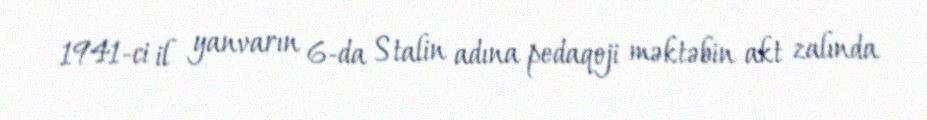
1941-ci il yanvarın 6-da Stalin adına pedaqoji məktəbin akt zalında